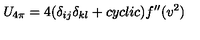
U _ { 4 \pi } = 4 ( \delta _ { i j } \delta _ { k l } + c y c l i c ) f ^ { \prime \prime } ( v ^ { 2 } )